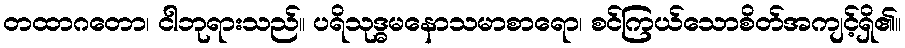
တထာဂတော၊ ငါဘုရားသည်။ ပရိသုဒ္ဓမနောသမာစာရော၊ စင်ကြယ်သောစိတ်အကျင့်ရှိ၏။